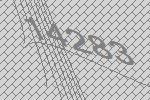
14283